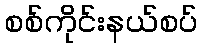
စစ်ကိုင်းနယ်စပ်